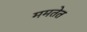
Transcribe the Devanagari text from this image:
ममतेत